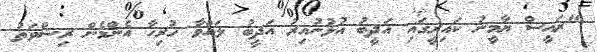
"ރައީސް ޔާމީނު ކައިރީގައި އަދީބު އުޅުނުއިރު އަދީބު ލައްވާ ހުރިހާ އެންމެން ރިޝްވަތު